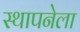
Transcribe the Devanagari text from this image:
स्‍थापनेला